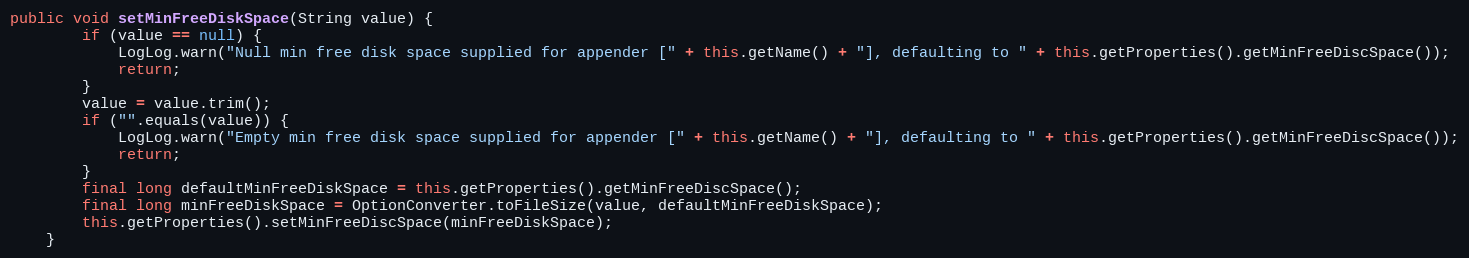
Language: Java
public void setMinFreeDiskSpace(String value) {
		if (value == null) {
			LogLog.warn("Null min free disk space supplied for appender [" + this.getName() + "], defaulting to " + this.getProperties().getMinFreeDiscSpace());
			return;
		}
		value = value.trim();
		if ("".equals(value)) {
			LogLog.warn("Empty min free disk space supplied for appender [" + this.getName() + "], defaulting to " + this.getProperties().getMinFreeDiscSpace());
			return;
		}
		final long defaultMinFreeDiskSpace = this.getProperties().getMinFreeDiscSpace();
		final long minFreeDiskSpace = OptionConverter.toFileSize(value, defaultMinFreeDiskSpace);
		this.getProperties().setMinFreeDiscSpace(minFreeDiskSpace);
	}